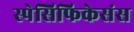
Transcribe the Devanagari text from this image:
स्पेसिफिकेसंस